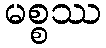
မစ္စဿ